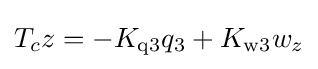
T_{c}z=-K_{\text{q3}}q_{3}+K_{\text{w3}}{w_{z}}